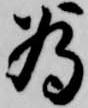
為